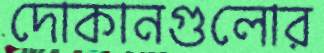
দোকানগুলোর